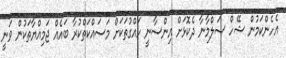
އެހެންކަމުން ޝޭހް ސަލްމާނާ ދެކޮޅަށް އިންސާނީ ހައްގުތަކަށް މަސައްކަތްކުރާ ބައެއް ޖަމިއްޔާތަކުން ވަނީ